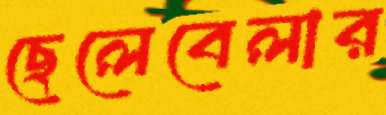
ছেলেবেলার